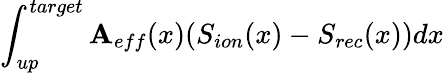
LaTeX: \int_{up}^{target}\mathbf{A}_{eff}(x)(S_{ion}(x)-S_{rec}(x))dx